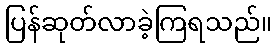
ပြန်ဆုတ်လာခဲ့ကြရသည်။